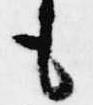
も